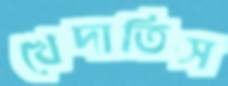
খেদাতিস